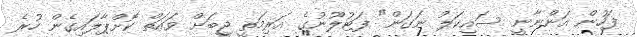
ފަހުން އަންނާނީ ސައިކަލު ނަގަން" ފަޓުލޫނުގެ އަރިމަތީ ޖީބަށް ވައަތް ކޮށްޕާލައިގެން ހުރެ